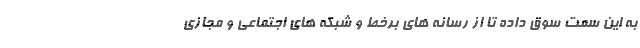
به این سمت سوق داده تا از رسانه های برخط و شبکه های اجتماعی و مجازی